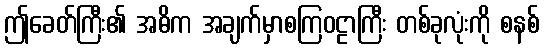
ဤခေတ်ကြီး၏ အဓိက အချက်မှာစကြဝဠာကြီး တစ်ခုလုံးကို စနစ်